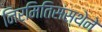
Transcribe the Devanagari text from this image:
निर्मितिसंस्थेने